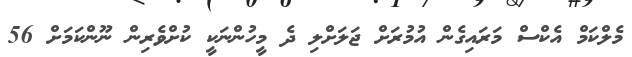
މެލްކަމް އެކްސް މަރަައިގެން އުމުރަށް ޖަލަށްލި ދެ މީހުންނަކީ ކުށްވެރިން ނޫންކަމަށް 56